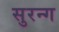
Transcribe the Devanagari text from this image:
सुरन्ग